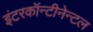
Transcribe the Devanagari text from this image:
इंटरकॉन्टीनेन्टल